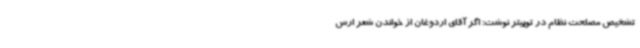
تشخیص مصلحت نظام در توییتر نوشت: اگر آقای اردوغان از خواندن شعر ارس